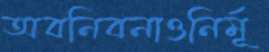
অবনিবনাওনির্মূ